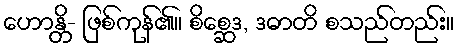
ဟောန္တိ- ဖြစ်ကုန်၏။ စိစ္ဆေဒ, ဒဓာတိ စသည်တည်း။